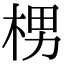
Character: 㭷